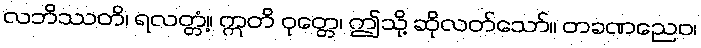
လဘိဿတိ၊ ရလတ္တံ့။ ဣတိ ဝုတ္တေ၊ ဤသို့ ဆိုလတ်သော်။ တခဏညေဝ၊